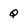
Character: Q